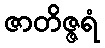
ဇာတိဇ္ဇရံ